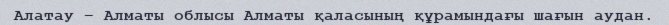
Алатау – Алматы облысы Алматы қаласының құрамындағы шағын аудан.